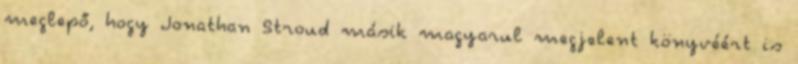
meglepő, hogy Jonathan Stroud másik magyarul megjelent könyvéért is